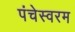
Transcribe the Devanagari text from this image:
पंचेस्वरम